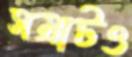
সম্রাটও